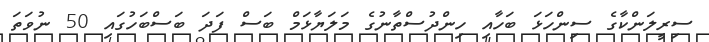
ސިރީލަންކާގެ ސިންހަޅަ ބަހާއި ހިންދުސްތާނުގެ މަލަޔާޅަމް ބަސް ފަދަ ބަސްބަހުގައި 50 ނުވަތަ